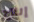
إنتاج